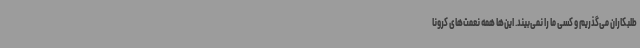
طلبکاران می‌گذریم و کسی ما را نمی‌بیند. این‌ها همه نعمت‌های کرونا